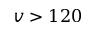
v > 1 2 0